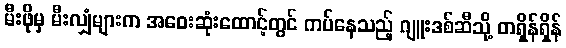
မီးဖိုမှ မီးလျှံများက အဝေးဆုံးထောင့်တွင် ကပ်နေသည့် ဂျူးဒစ်ဆီသို့ တရှိန်ရှိန်